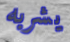
يشربه